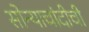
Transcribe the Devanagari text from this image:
सोन्याचांदीची